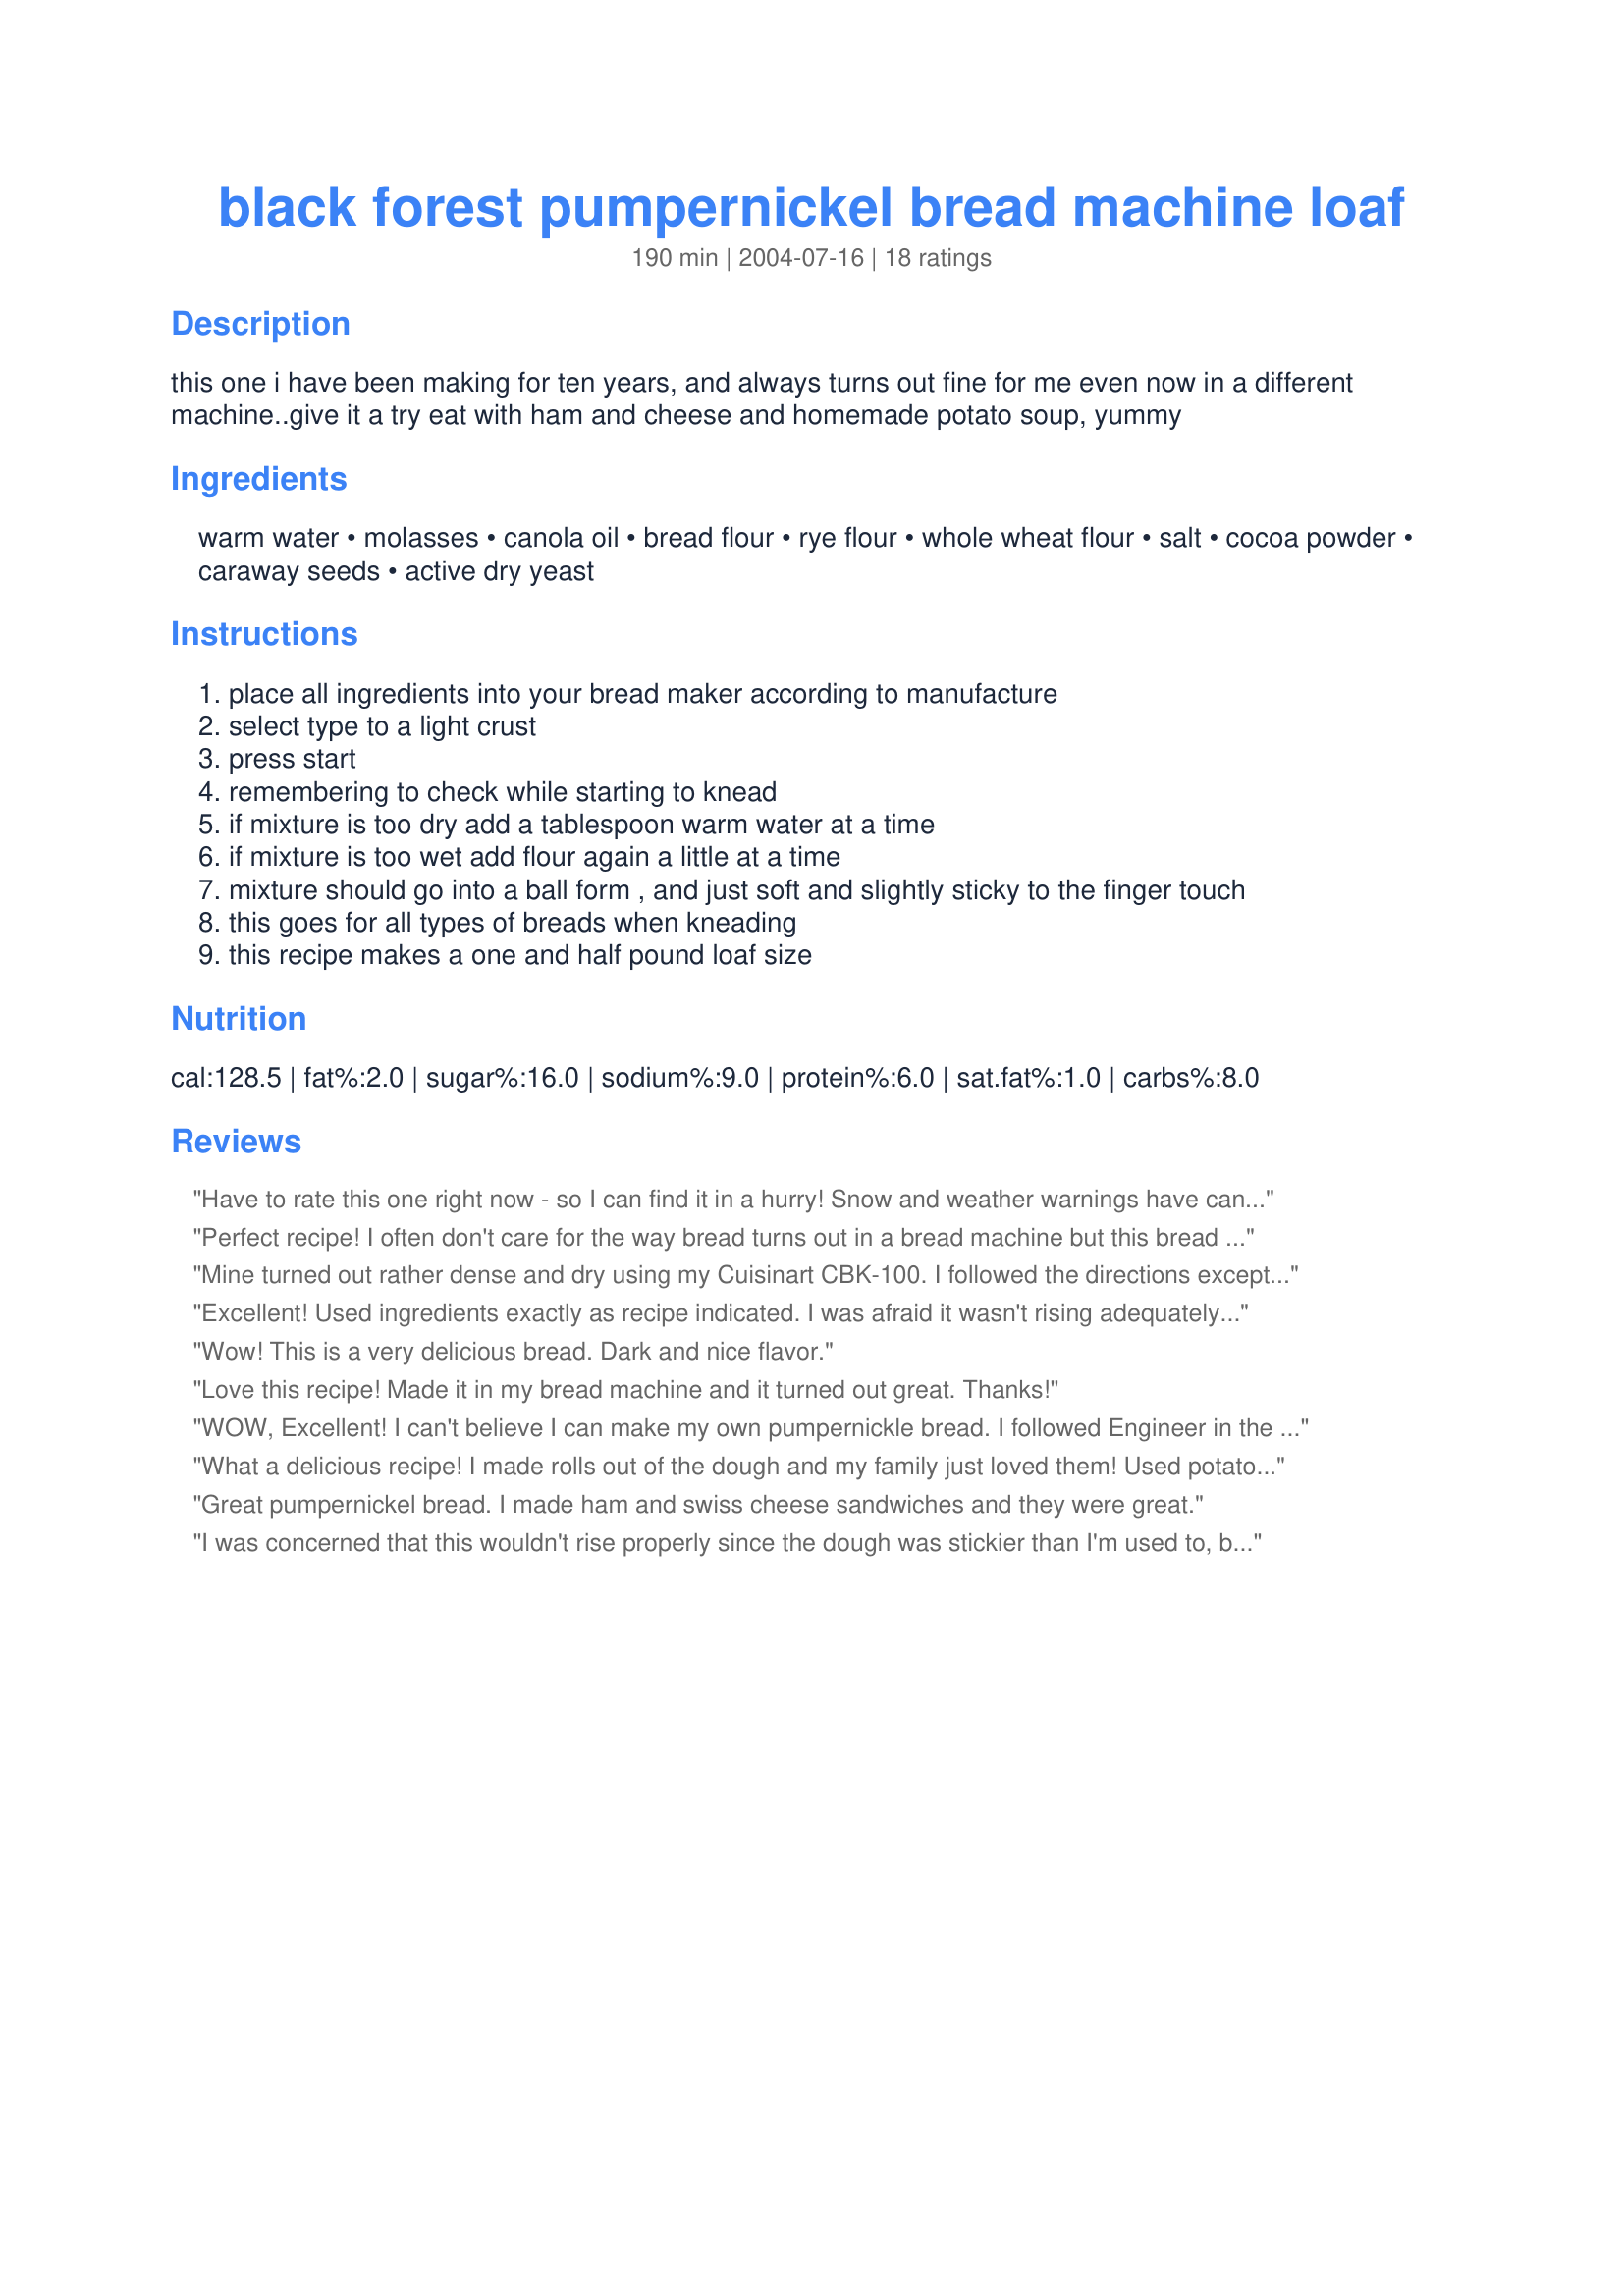
black forest pumpernickel bread machine loaf
Preparation time: 190 minutes

this one i have been making for ten years, and always turns out fine for me even now in a different machine..give it a try eat with ham and cheese and homemade potato soup, yummy

Ingredients:
warm water, molasses, canola oil, bread flour, rye flour, whole wheat flour, salt, cocoa powder, caraway seeds, active dry yeast

Steps:
place all ingredients into your bread maker according to manufacture
select type to a light crust
press start
remembering to check while starting to knead
if mixture is too dry add a tablespoon warm water at a time
if mixture is too wet add flour again a little at a time
mixture should go into a ball form , and just soft and slightly sticky to the finger touch
this goes for all types of breads when kneading
this recipe makes a one and half pound loaf size

Reviews:
Have to rate this one right now - so I can find it in a hurry! Snow and weather warnings have cancelled a city shop - off to make a loaf to assure pumpernickel for our Christmas Eve appetizer - just wouldn't be Christmas without that hollowed out loaf filled with that Knoor recipe which has been tradition at our house 'like forever' This is a wonderful pumpernickel bread which the family loved and the teenager proclaimed his favoraite. Only had two tablespoons of cocoa on hand at the last baking, we found it just right for our tastes. Added to my Bread Favorites Cookbook. Thank you for posting a recipe for pumpernickel that we will be making again and again.
Perfect recipe! I often don't care for the way bread turns out in a bread machine but this bread had the perfect texture. I followd it exactly as written.
Mine turned out rather dense and dry using my Cuisinart CBK-100. I followed the directions except I subbed some ground fennel seed for the caraway. The flavor is ok but it's so dry that if you toast it at all it turns into a crumbly cracker. I didn't check the bread at all during the mixing so maybe if I'd added water at the right time it would have done better. I was really hoping for a soft, spongey loaf like I remember with my old recipe and machine. Maybe next time.
Excellent! Used ingredients exactly as recipe indicated. I was afraid it wasn't rising adequately in the so I removed it to a pan for the second rise. It turned out a big beautiful loaf with wonderful texture and flavor. I will definitely make this again! Thanks for posting.
Wow! This is a very delicious bread. Dark and nice flavor.
Love this recipe! Made it in my bread machine and it turned out great. Thanks!
WOW, Excellent! I can't believe I can make my own pumpernickle bread. I followed Engineer in the Kitchen's tips and added a Tbl. of vital wheat gluten and just used the dough cycle on the bread machine...divided in two, let rise until double and baked at 375 for 25 min. This bread is truly wonderful. It did put some strain on my breadmaker, but not enough to concern me. Also, I rewrote the recipe so that it would be in the order that my bread machine suggests because I almost forgot the molasses. Thank you for posting this amazing recipe andypandy.
What a delicious recipe! I made rolls out of the dough and my family just loved them! Used potato water instead of plain water and added wheat gluten because I used white whole wheat flour in place of bread flour...the rolls were so soft and moist! Wonderful with my homemade soup! Thanks for posting!
Great pumpernickel bread. I made ham and swiss cheese sandwiches and they were great.
I was concerned that this wouldn't rise properly since the dough was stickier than I'm used to, but this was Fantastic!
Thank You!
I made this bread exactly as stated. I kept it in the machine for the whole process, not taking the dough out, forming it into a loaf and then placing it in the oven (why do some people do that?!) ... It was VERY good and came out in a perfectly shaped loaf ... I just want to add that my bread machine has Medium, Large and X-Large settings. I used the Large setting based on the amount of flour stated in the recipe. I hope some of you find this useful. Thanks for the recipe andypandy!
Excellent recipe. One of the best Pumpernickel bread I ever had. 

The only addition is 1 TB Vital Wheat Gluten. I have been using this on the dough cycle, then I divide the dough into 2 pieces, shape as loaves, let them rise in a warm place covered for 1 hour, pat them gently with cornmeal, slash them and bake them at 375 for 25 minutes. All my friends think that I am pro after seeing and tasting this bread, have given the recipe out numerous times.
I just made this bread and it turned out great. This will definitely be my pumpernickel bread recipe.
Awesome recipe. Somehow my bread didn't rise in the middle - but it was a beautiful texture - had excellent flavor and my husband & I both loved it. Maybe I made a mistake. But even if it turns out exactly the same way - we would definitely make it again. I also subsituted 2 cups whole wheat pastry flour and 1/2 cup of spelt flour instead of regular whole wheat and bread flour.
So easy and delicous! I often switch it up and make plain rye replacing the molasses with honey and cocoa with more rye flour. I, too, use the dough setting on my machine and bake in the oven, 375f degrees until the crumb reaches 195f degrees.
I&#039;ve also made half pumpernickel and half rye and braided the halves. Amazing presentation when sliced!
It used to be hard to make a good pumpernickel bread until I discovered this recipe. Now I can make it quickly. Love this recipe!
andypandy, My first attempt at making Pumpernickel bread but not my last now that I have found this wonderful recipe. No more store purchased loaves for me. Served it with spinach dip. I will have this recipe close at hand. Excellent!
I would give this 10 stars if possible! A few months ago, I bought a Breadman machine and every recipe I tried was a disaster - even the ones from the manufacturer! Pumpernickel is my FAVORITE, and this came out PERFECTLY! Thanks for sharing, andypandy...You made my day! Yum!!!
